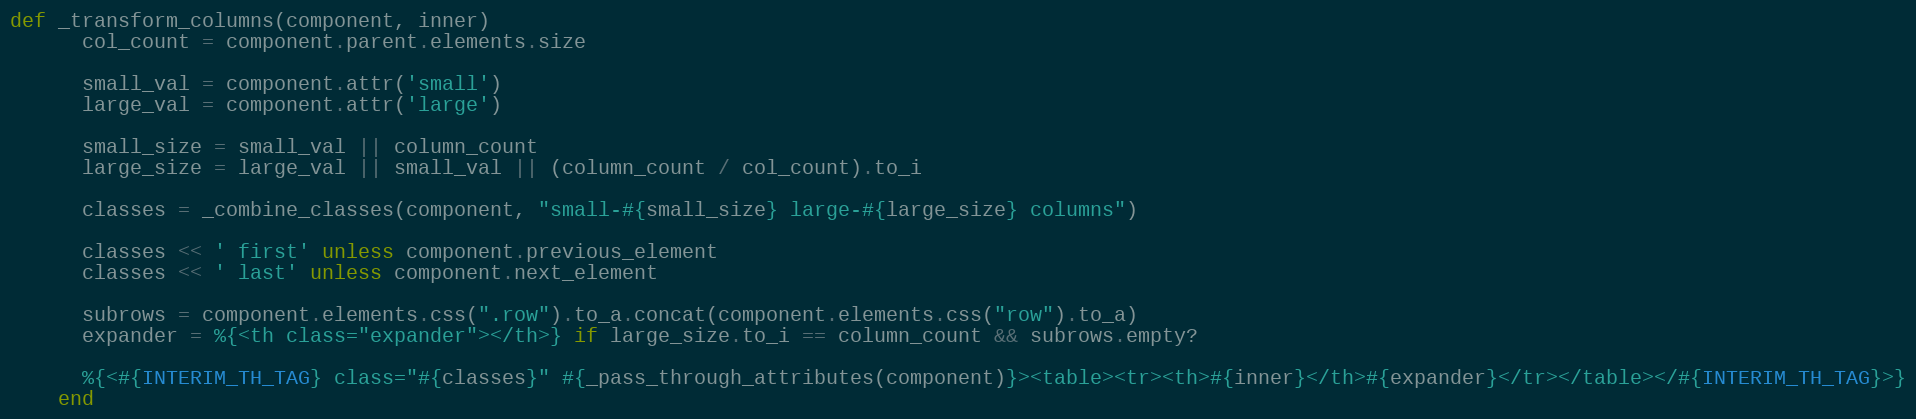
Language: Ruby
def _transform_columns(component, inner)
      col_count = component.parent.elements.size

      small_val = component.attr('small')
      large_val = component.attr('large')

      small_size = small_val || column_count
      large_size = large_val || small_val || (column_count / col_count).to_i

      classes = _combine_classes(component, "small-#{small_size} large-#{large_size} columns")

      classes << ' first' unless component.previous_element
      classes << ' last' unless component.next_element

      subrows = component.elements.css(".row").to_a.concat(component.elements.css("row").to_a)
      expander = %{<th class="expander"></th>} if large_size.to_i == column_count && subrows.empty?

      %{<#{INTERIM_TH_TAG} class="#{classes}" #{_pass_through_attributes(component)}><table><tr><th>#{inner}</th>#{expander}</tr></table></#{INTERIM_TH_TAG}>}
    end